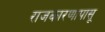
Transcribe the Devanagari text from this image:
राजकारणापासू